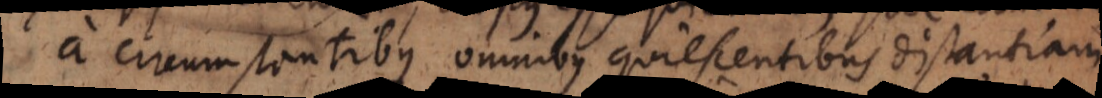
a circumstantibus omnibus quiescentibus distantiam